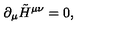
\partial _ { \mu } \tilde { H } ^ { \mu \nu } = 0 ,